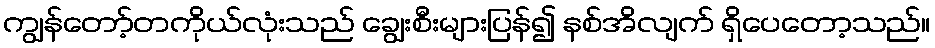
ကျွန်တော့်တကိုယ်လုံးသည် ချွေးစီးများပြန်၍ နစ်အိလျက် ရှိပေတော့သည်။